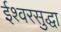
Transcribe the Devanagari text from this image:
ईश्वरसुद्धा